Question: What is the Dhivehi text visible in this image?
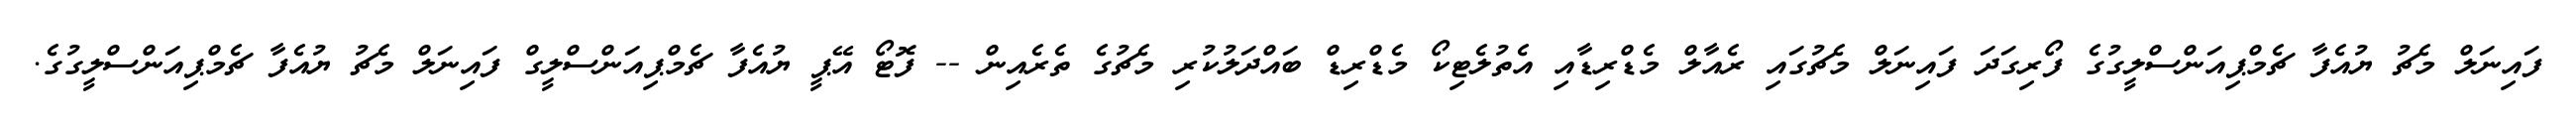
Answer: ފައިނަލް މެޗު ޔުއެފާ ޗެމްޕިއަންސްލީގުގެ ފޯރިގަދަ ފައިނަލް މެޗުގައި ރެއާލް މެޑްރިޑާއި އެތުލެޓިކޯ މެޑްރިޑް ބައްދަލުކުރި މެޗުގެ ތެރެއިން -- ފޮޓޯ އޭޕީ ޔުއެފާ ޗެމްޕިއަންސްލީގް ފައިނަލް މެޗު ޔުއެފާ ޗެމްޕިއަންސްލީގުގެ.